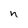
Character: n